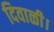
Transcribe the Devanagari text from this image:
दिवाळी।